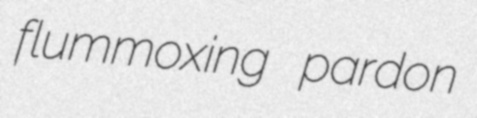
flummoxing pardon